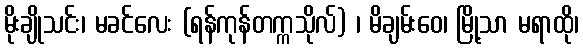
မိုးချိုသင်း၊ မခင်လေး (ရန်ကုန်တက္ကသိုလ်) ၊ မိချမ်းဝေ၊ မြို့သာ မရာထို၊